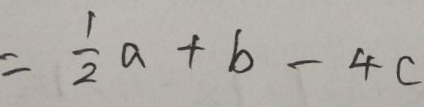
= \frac { 1 } { 2 } a + b - 4 c